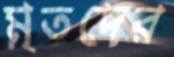
মৃতদের